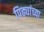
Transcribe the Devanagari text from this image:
पिढ्यांच्‍या